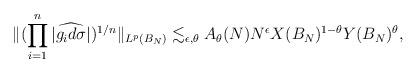
LaTeX: \begin{align*}\|(\prod_{i=1}^n|\widehat{g_id\sigma}|)^{1/n}\|_{L^p(B_N)}\lesssim_{\epsilon,\theta} A_\theta(N)N^{\epsilon}X(B_N)^{1-\theta}Y(B_N)^\theta,\end{align*}